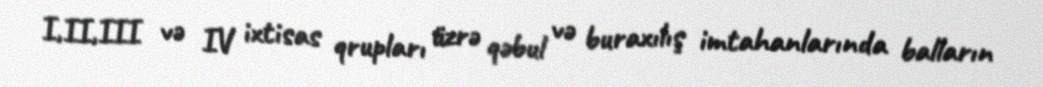
I,II,III və IV ixtisas qrupları üzrə qəbul və buraxılış imtahanlarında balların